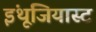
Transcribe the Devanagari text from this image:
इंथूजियास्ट